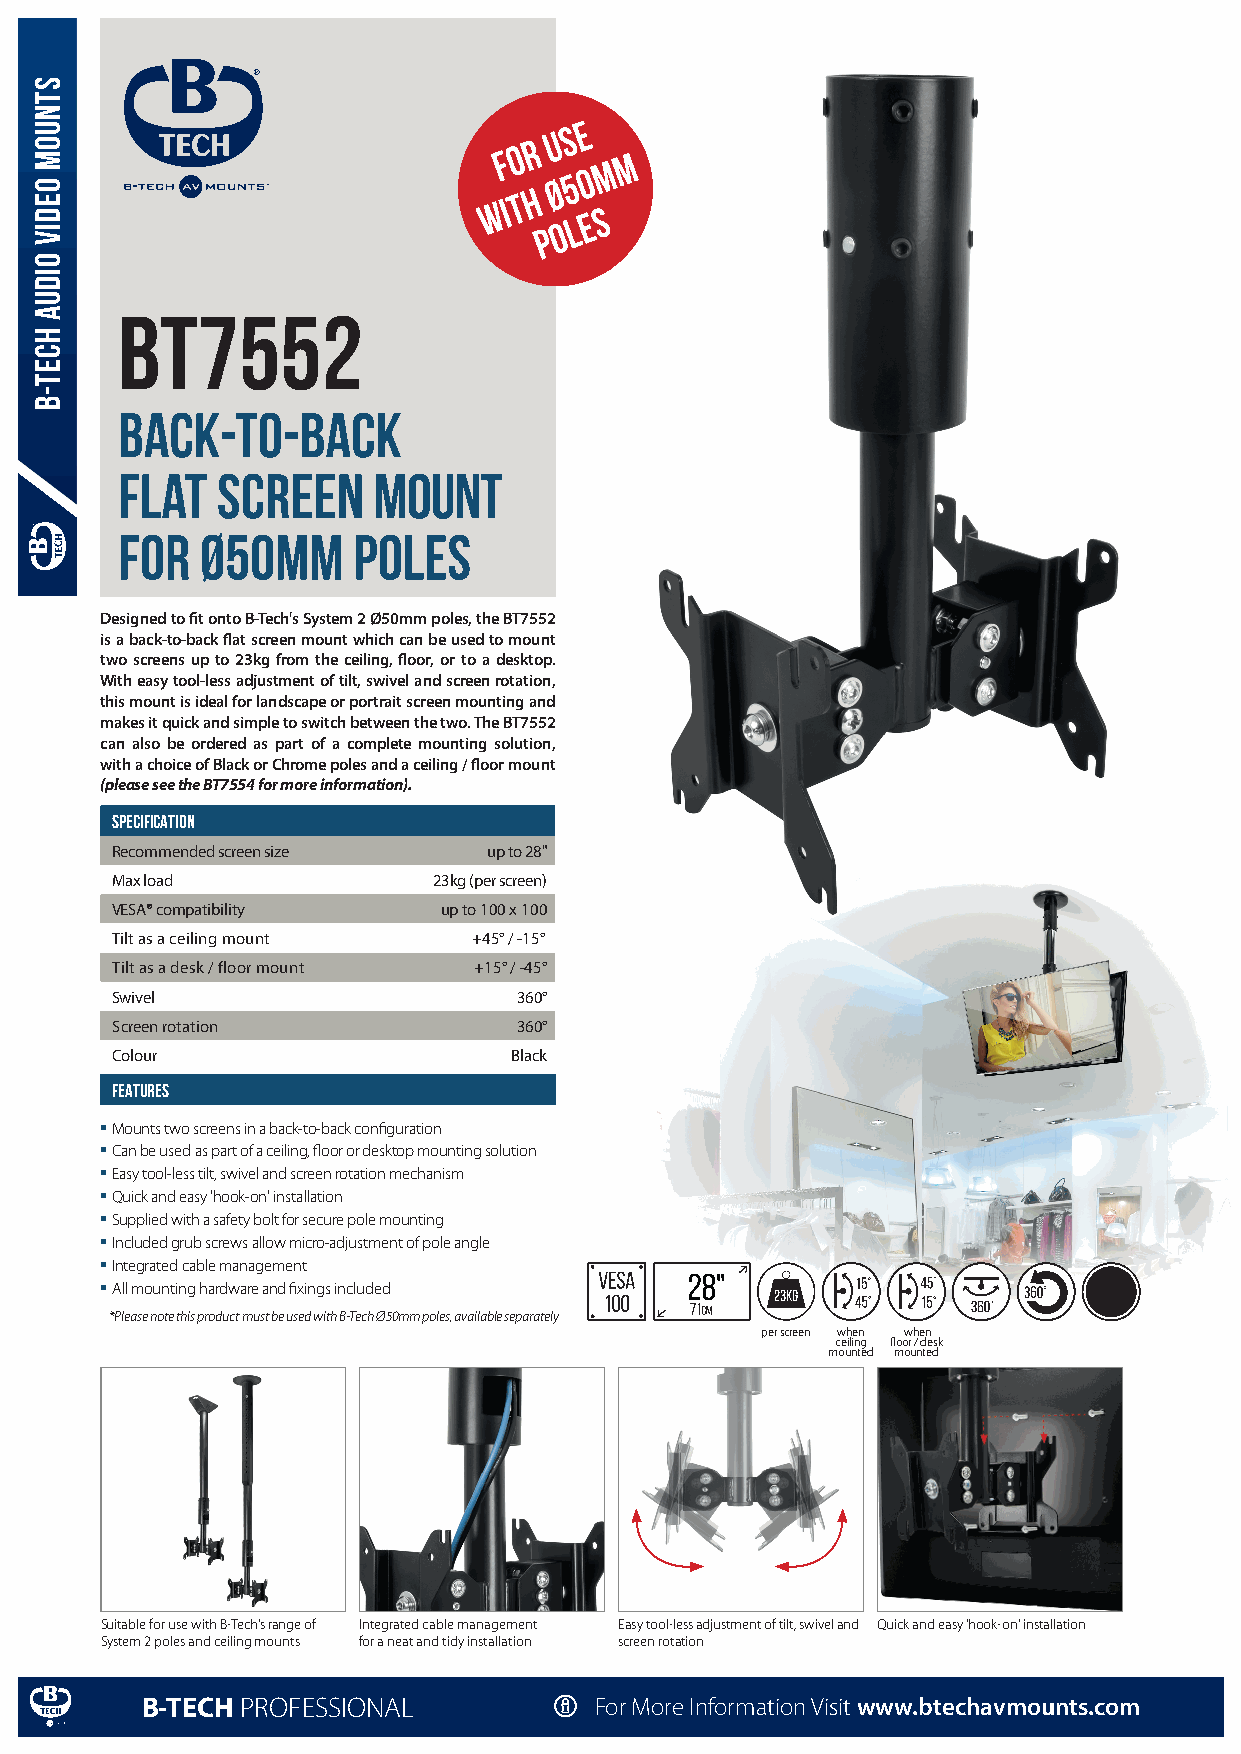
f o r
 u s e
 m
 m
 w i t h p Ø o 5 l 0 e s
 BT7552
 back-to-back
 flat  screen     mOUNT
 FOR  ø50MM     POLES
 Designed to fit onto B-Tech's System 2 Ø50mm poles, the BT7552
 is a back-to-back flat screen mount which can be used to mount
 two screens up to 23kg from the ceiling, floor, or to a desktop.
 With easy tool-less adjustment of tilt, swivel and screen rotation,
 this mount is ideal for landscape or portrait screen mounting and
 makes it quick and simple to switch between the two. The BT7552
 can also be ordered as part of a complete mounting solution,
 with a choice of Black or Chrome poles and a ceiling / floor mount
 (please see the BT7554 for more information).
 SPECIFICATION
 Recommended screen size  up to 28"
 Max load              23kg (per screen)
 VESA® compatibility   up to 100 x 100
 Tilt as a ceiling mount +45° / -15°
 Tilt as a desk / floor mount +15° / -45°
 Swivel                     360°
 Screen rotation            360°
 Colour                     Black
 FEATURES
 Mounts two screens in a back-to-back configuration
 Can be used as part of a ceiling, floor or desktop mounting solution
 Easy tool-less tilt, swivel and screen rotation mechanism
 Quick and easy 'hook-on' installation
 Supplied with a safety bolt for secure pole mounting
 Included grub screws allow micro-adjustment of pole angle
 Integrated cable management
 All mounting hardware and fixings included 23kg
 *Please note this product must be used with B-Tech Ø50mm poles, available separately
 per screen when when
 ceiling floor / desk
 mounted mounted
 Suitable for use with B-Tech's range of Integrated cable management Easy tool-less adjustment of tilt, swivel and Quick and easy 'hook-on' installation
 System 2 poles and ceiling mounts for a neat and tidy installation screen rotation
 B-TECH PROFESSIONAL           For More Information Visit www.btechavmounts.com
 stnuom
 oediv
 oidua
 HCET-B